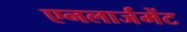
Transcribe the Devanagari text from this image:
एनलार्जमेंट